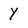
Character: y